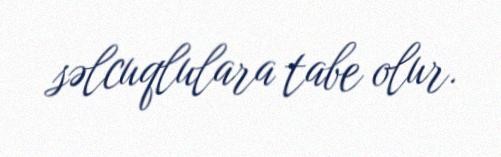
səlcuqlulara tabe olur.